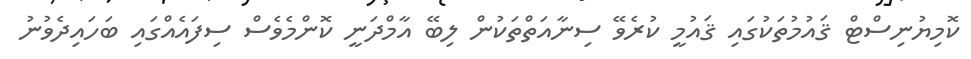
ކޮމިޔުނިސްޓް ޤައުމުތަކުގައި ޤައުމީ ކުރެވޭ ސިނާއަތްތަކުން ލިބޭ އާމްދަނީ ކޮންމެވެސް ސިފައެއްގައި ބަހައިދެވުނު